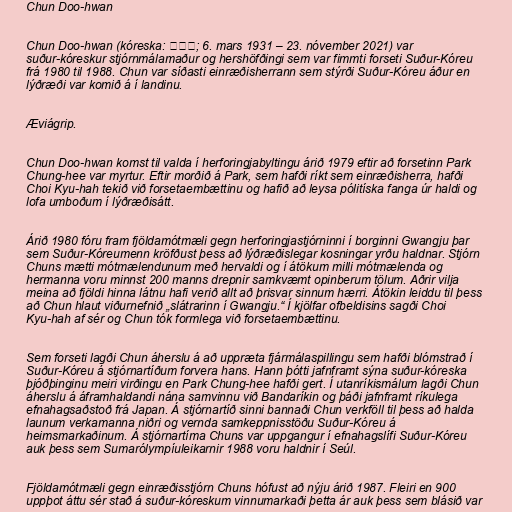
Chun Doo-hwan

Chun Doo-hwan (kóreska: 전두환; 6. mars 1931 – 23. nóvember 2021) var
suður-kóreskur stjórnmálamaður og hershöfðingi sem var fimmti forseti Suður-Kóreu
frá 1980 til 1988. Chun var síðasti einræðisherrann sem stýrði Suður-Kóreu áður en
lýðræði var komið á í landinu.

Æviágrip.

Chun Doo-hwan komst til valda í herforingjabyltingu árið 1979 eftir að forsetinn Park
Chung-hee var myrtur. Eftir morðið á Park, sem hafði ríkt sem einræðisherra, hafði
Choi Kyu-hah tekið við forsetaembættinu og hafið að leysa pólitíska fanga úr haldi og
lofa umboðum í lýðræðisátt.

Árið 1980 fóru fram fjöldamótmæli gegn herforingjastjórninni í borginni Gwangju þar
sem Suður-Kóreumenn kröfðust þess að lýðræðislegar kosningar yrðu haldnar. Stjórn
Chuns mætti mótmælendunum með hervaldi og í átökum milli mótmælenda og
hermanna voru minnst 200 manns drepnir samkvæmt opinberum tölum. Aðrir vilja
meina að fjöldi hinna látnu hafi verið allt að þrisvar sinnum hærri. Átökin leiddu til þess
að Chun hlaut viðurnefnið „slátrarinn í Gwangju.“ Í kjölfar ofbeldisins sagði Choi
Kyu-hah af sér og Chun tók formlega við forsetaembættinu.

Sem forseti lagði Chun áherslu á að uppræta fjármálaspillingu sem hafði blómstrað í
Suður-Kóreu á stjórnartíðum forvera hans. Hann þótti jafnframt sýna suður-kóreska
þjóðþinginu meiri virðingu en Park Chung-hee hafði gert. Í utanríkismálum lagði Chun
áherslu á áframhaldandi nána samvinnu við Bandaríkin og þáði jafnframt ríkulega
efnahagsaðstoð frá Japan. Á stjórnartíð sinni bannaði Chun verkföll til þess að halda
launum verkamanna niðri og vernda samkeppnisstöðu Suður-Kóreu á
heimsmarkaðinum. Á stjórnartíma Chuns var uppgangur í efnahagslífi Suður-Kóreu
auk þess sem Sumarólympíuleikarnir 1988 voru haldnir í Seúl.

Fjöldamótmæli gegn einræðisstjórn Chuns hófust að nýju árið 1987. Fleiri en 900
uppþot áttu sér stað á suður-kóreskum vinnumarkaði þetta ár auk þess sem blásið var